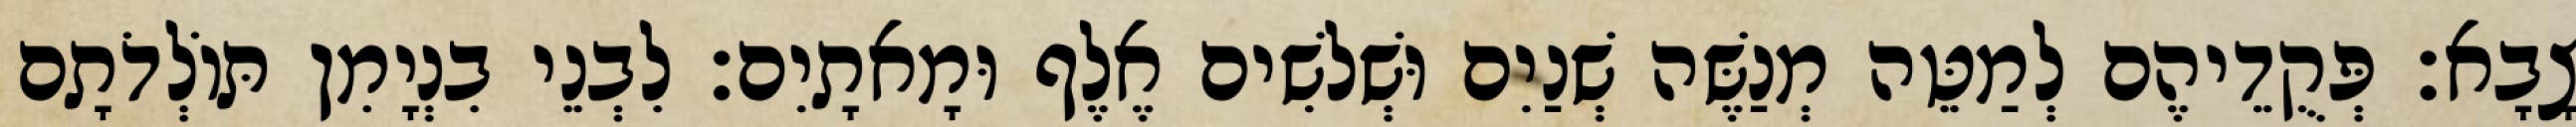
צָבָא׃ פְּקֻדֵיהֶם לְמַטֵּה מְנַשֶּׁה שְׁנַיִם וּשְׁלשִׁים אֶלֶף וּמָאתָיִם׃ לִבְנֵי בִנְיָמִן תּוֹלְדֹתָם